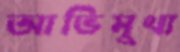
আভিমুখ্য